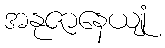
အနုဇာနေယျုံ